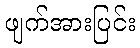
ဖျက်အားပြင်း